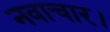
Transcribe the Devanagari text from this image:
नवाचार।